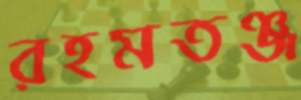
রহমতঞ্জ